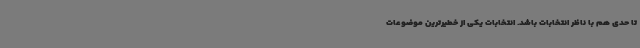
تا حدی هم با ناظر انتخابات باشد. انتخابات یکی از خطیرترین موضوعات